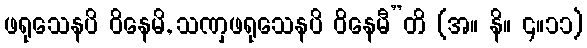
ဖရုသေနပိ ဝိနေမိ, သဏှဖရုသေနပိ ဝိနေမီ”တိ (အ။ နိ။ ၄။၁၁)